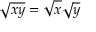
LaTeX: { \sqrt { x y } } = { \sqrt { x } } { \sqrt { y } }